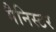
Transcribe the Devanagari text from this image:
मैनिस्टर